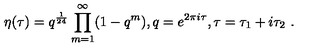
\eta ( \tau ) = q ^ { \frac { 1 } { 2 4 } } \prod _ { m = 1 } ^ { \infty } ( 1 - q ^ { m } ) , q = e ^ { 2 \pi i \tau } , \tau = \tau _ { 1 } + i \tau _ { 2 } \ .